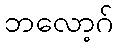
ဘလော့ဂ်